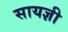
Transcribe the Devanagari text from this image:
सायज्ञी